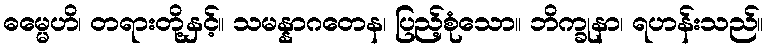
ဓမ္မေဟိ၊ တရားတို့နှင့်။ သမန္နာဂတေန၊ ပြည့်စုံသော။ ဘိက္ခုနာ၊ ရဟန်းသည်။